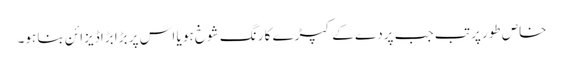
خاص طور پر تب جب پردے کے کپڑے کا رنگ شوخ ہو یا اس پر بڑا بڑا ڈیزائن بنا ہو۔